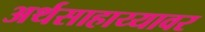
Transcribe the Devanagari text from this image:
अर्थसाहाय्यावर